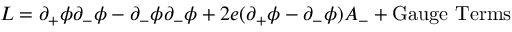
{ \cal L } = \partial _ { + } \phi \partial _ { - } \phi - \partial _ { - } \phi \partial _ { - } \phi + 2 e ( \partial _ { + } \phi - \partial _ { - } \phi ) A _ { - } + \mathrm { G a u g e ~ T e r m s }